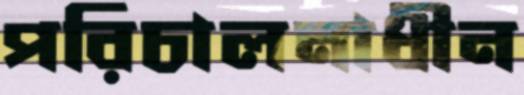
পরিচালনাধীন